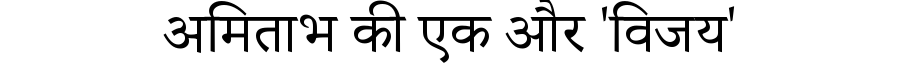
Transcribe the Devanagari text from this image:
अमिताभ की एक और 'विजय'